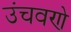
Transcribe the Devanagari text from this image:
उंचवणे